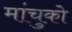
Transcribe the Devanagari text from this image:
मांचुको